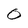
Character: 0